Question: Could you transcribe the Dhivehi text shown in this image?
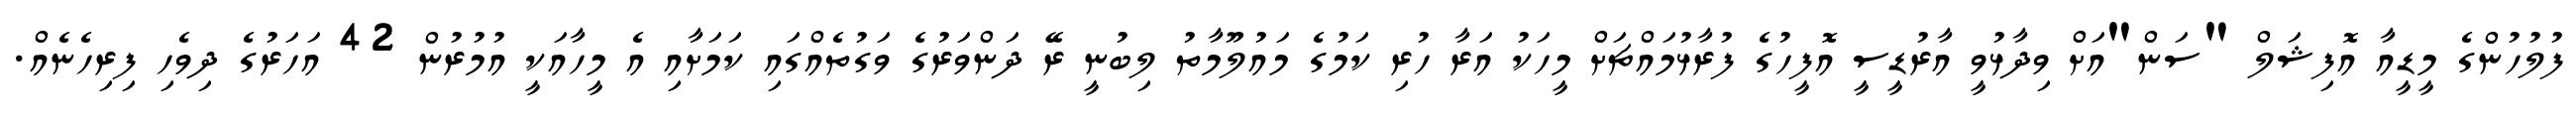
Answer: ފުލުހުންގެ މީޑީއާ އޮފިޝަލް "ސަން"އަށް ވިދާޅުވީ އާރުޑީސީ އޮފީހުގެ ފުރާޅުމައްޗަށް މީހަކު އަރާ ހުރި ކަމުގެ މައުލޫމާތު ލިބުނީ ރޭ ދަންވަރުގެ ވަގުތެއްގައި ކަމަށާއި އެ މީހާއަކީ އުމުރުން 42 އަހަރުގެ ދިވެހި ފިރިހެނެއް.